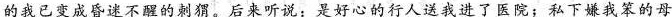
的我已变成昏迷不醒的刺猬。后来听说：是好心的行人送我进了医院；私下嫌我笨的母